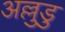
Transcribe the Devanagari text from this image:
अल्लुडु